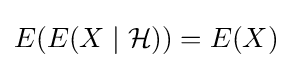
E(E(X\mid {\mathcal {H}}))=E(X)